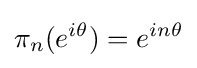
\pi _{n}(e^{i\theta })=e^{in\theta }